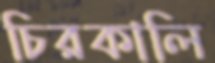
চিরকালি